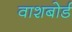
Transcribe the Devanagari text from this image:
वाशबोर्ड